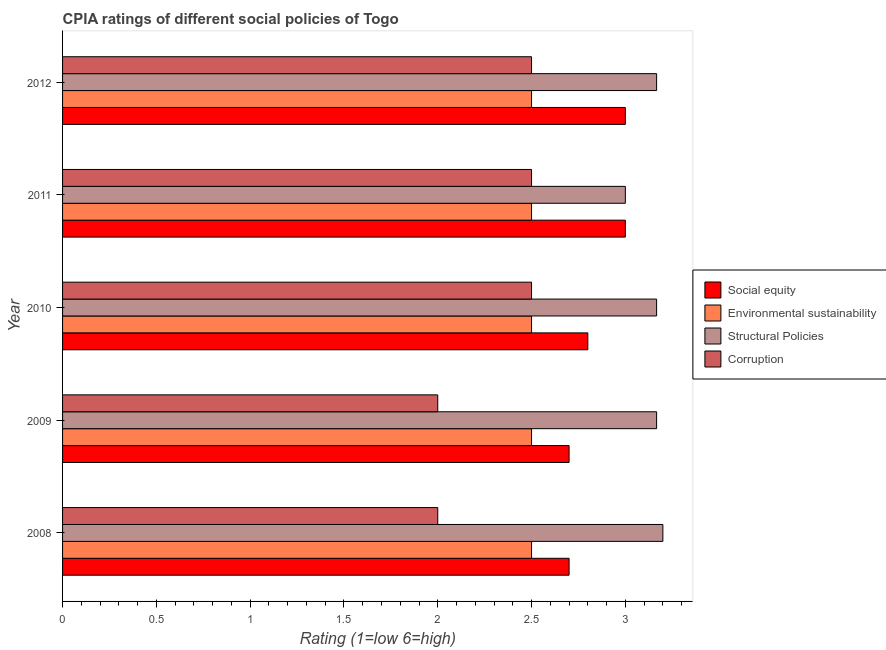
| Year | Social equity | Environmental sustainability | Structural Policies | Corruption |
 | --- | --- | --- | --- | --- |
 | 2008 | 2.7 | 2.5 | 3.2 | 2 |
 | 2009 | 2.7 | 2.5 | 3.17 | 2 |
 | 2010 | 2.8 | 2.5 | 3.17 | 2.5 |
 | 2011 | 3 | 2.5 | 3 | 2.5 |
 | 2012 | 3 | 2.5 | 3.17 | 2.5 |